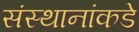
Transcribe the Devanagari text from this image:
संस्थानांकडे